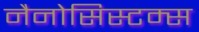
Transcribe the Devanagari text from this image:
नैनोसिस्टम्स